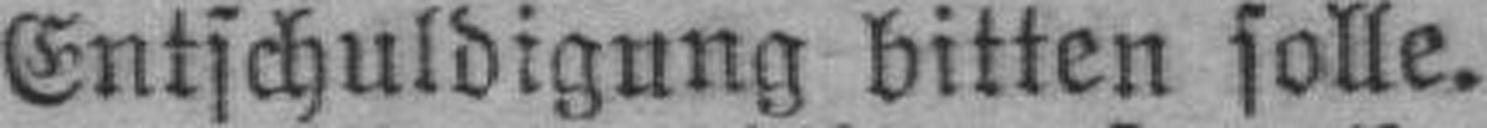
Entschuldigung bitten solle.